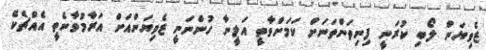
ޒެވިޔަން ލޯބި ކުރަނީ ފިނިތަންތަނަށް ކަމަށްވާތީ އަލީނާ ހުންނަނީ ޒެވިޔަންއަށް އަރާމުވާނެތީ އެއްޗެކޭ